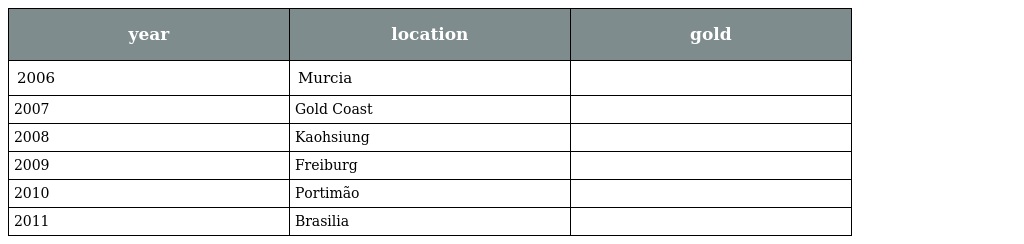
| year | location | gold |
 | --- | --- | --- |
 | 2006 | Murcia |  |
 | 2007 | Gold Coast |  |
 | 2008 | Kaohsiung |  |
 | 2009 | Freiburg |  |
 | 2010 | Portimão |  |
 | 2011 | Brasilia |  |